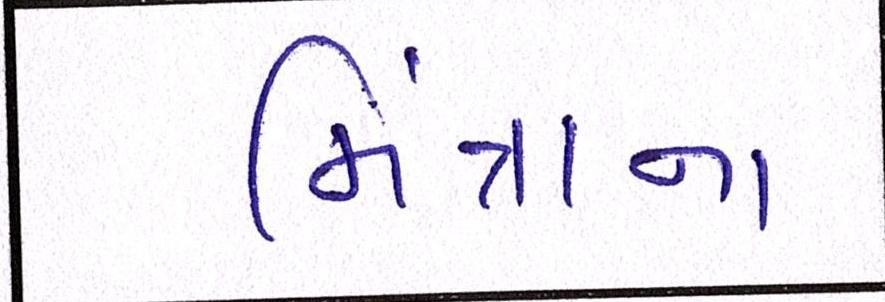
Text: મિંત્રાના